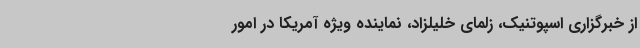
از خبرگزاری اسپوتنیک، زلمای خلیلزاد، نماینده ویژه آمریکا در امور